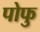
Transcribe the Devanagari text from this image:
पोफु